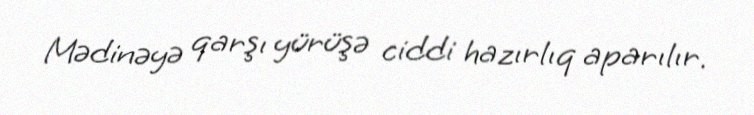
Mədinəyə qarşı yürüşə ciddi hazırlıq aparılır.